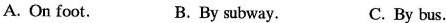
A. On foot. B. By subway. C. By bus.